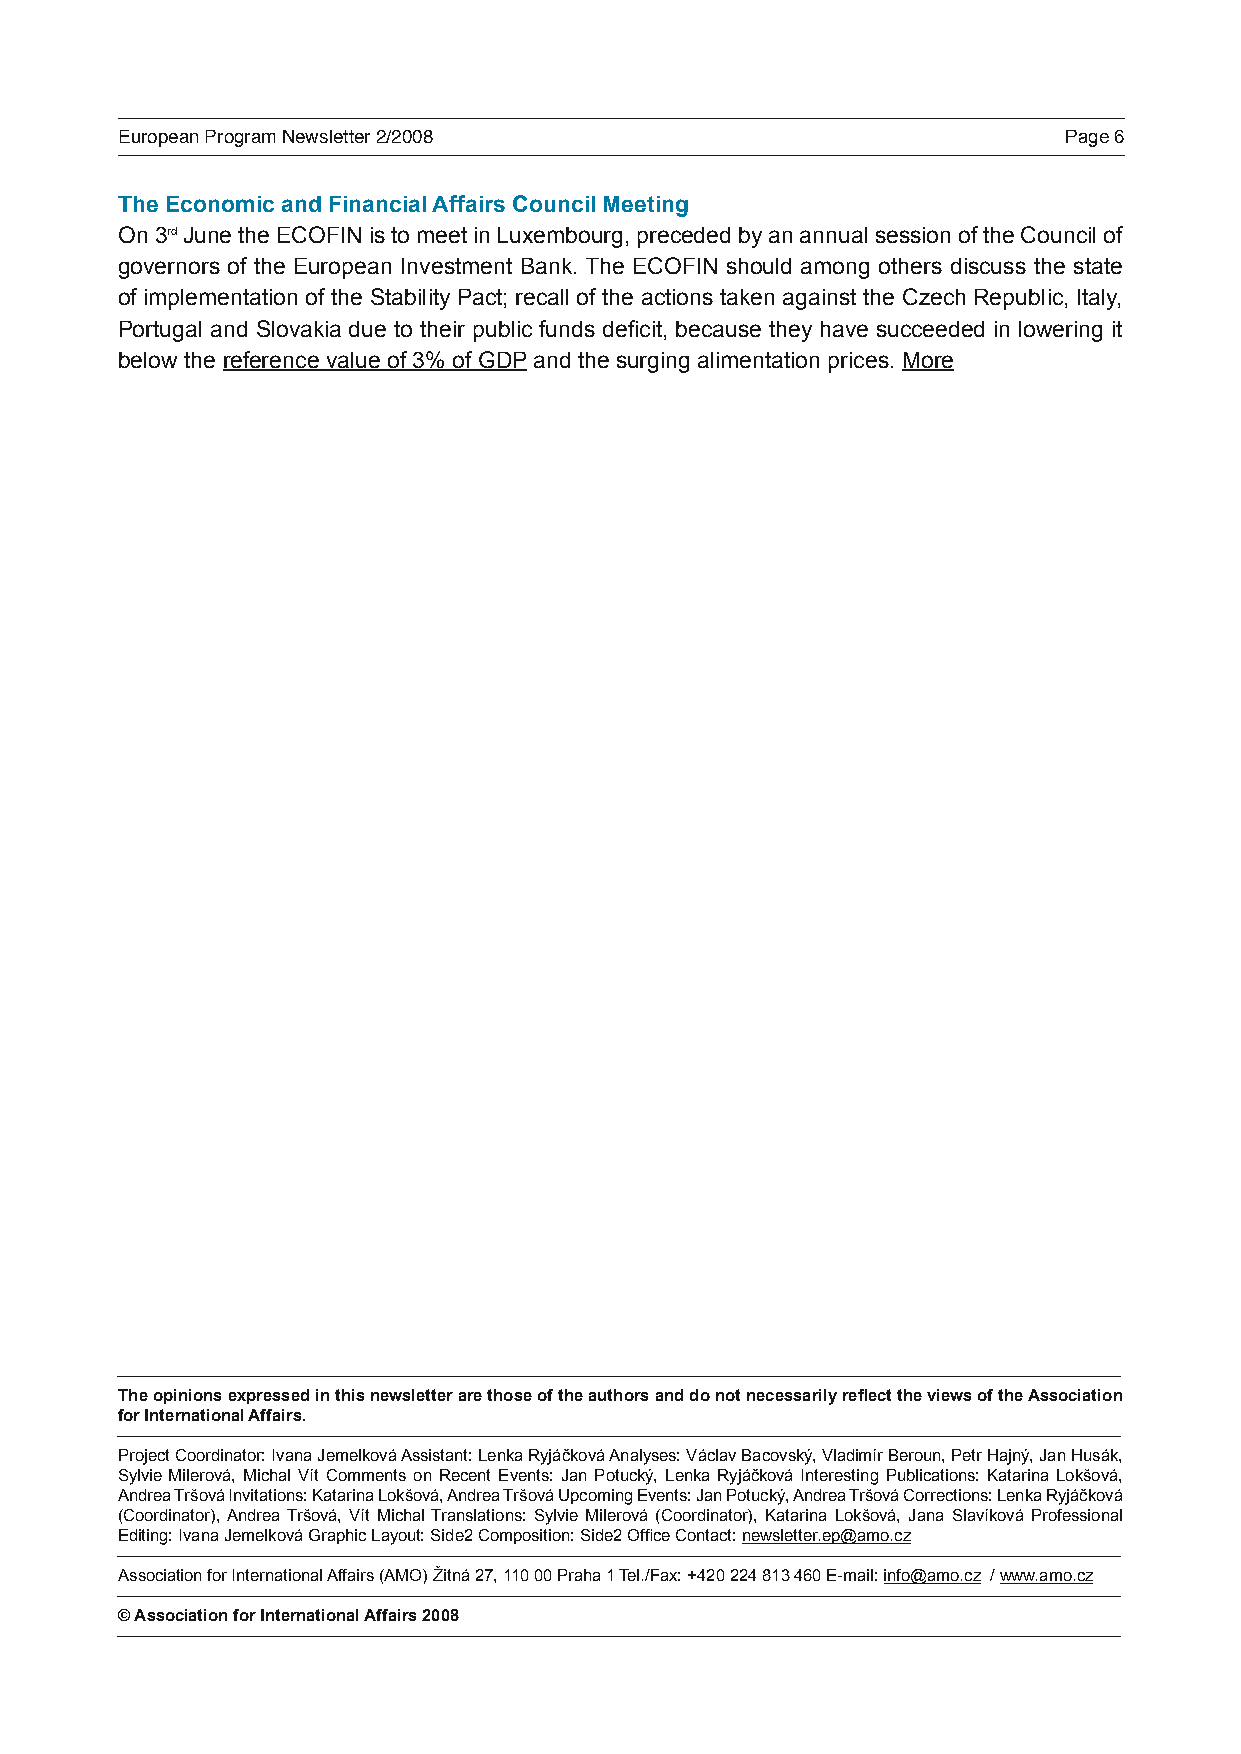
European Program Newsletter 2/2008                            Page 6
 The Economic and Financial Affairs Council Meeting
 On 3rd June the ECOFIN is to meet in Luxembourg, preceded by an annual session of the Council of
 governors of the European Investment Bank. The ECOFIN should among others discuss the state
 of implementation of the Stability Pact; recall of the actions taken against the Czech Republic, Italy,
 Portugal and Slovakia due to their public funds deficit, because they have succeeded in lowering it
 below the reference value of 3% of GDP and the surging alimentation prices. More
 The opinions expressed in this newsletter are those of the authors and do not necessarily reflect the views of the Association
 for International Affairs.
 Project Coordinator: Ivana Jemelková Assistant: Lenka Ryjáčková Analyses: Václav Bacovský, Vladimír Beroun, Petr Hajný, Jan Husák,
 Sylvie Milerová, Michal Vít Comments on Recent Events: Jan Potucký, Lenka Ryjáčková Interesting Publications: Katarina Lokšová,
 Andrea Tršová Invitations: Katarina Lokšová, Andrea Tršová Upcoming Events: Jan Potucký, Andrea Tršová Corrections: Lenka Ryjáčková
 (Coordinator), Andrea Tršová, Vít Michal Translations: Sylvie Milerová (Coordinator), Katarina Lokšová, Jana Slavíková Professional
 Editing: Ivana Jemelková Graphic Layout: Side2 Composition: Side2 Office Contact: newsletter.ep@amo.cz
 Association for International Affairs (AMO) Žitná 27, 110 00 Praha 1 Tel./Fax: +420 224 813 460 E-mail: info@amo.cz / www.amo.cz
 © Association for International Affairs 2008